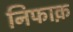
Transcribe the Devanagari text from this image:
निफाक़